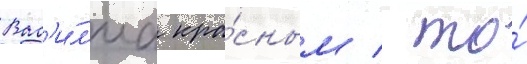
Вас'и́л'иа кра́сным / то́